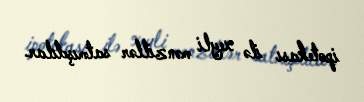
ipotekası ilə xeyli mənzillər satmışdılar.